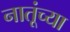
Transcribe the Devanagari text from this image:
नातूंच्या